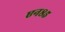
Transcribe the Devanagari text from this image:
एन८५